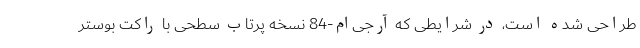
طراحی شده است، در شرایطی که آر‌جی‌ام-84 نسخه پرتاب سطحی با راکت بوستر